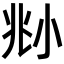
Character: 𡭰